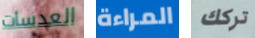
العدسات المراءة تركك